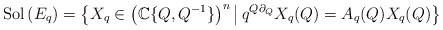
LaTeX: \begin{align*} \textnormal{Sol}\left( E_q \right) = \left\{ X_q \in \left( \mathbb{C}\{Q,Q^{-1}\} \right)^n \, \middle| \, q^{Q \partial_Q} X_q(Q)=A_q(Q) X_q(Q) \right\} \end{align*}